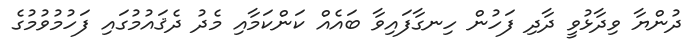
ދުންޔާ ވިދާޅުވީ ދާދި ފަހުން ހިނގާފައިވާ ބައެއް ކަންކަމާއި މެދު ދެޤައުމުގައި ފަހުމުވުމުގެ